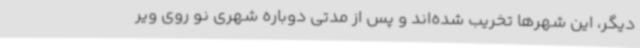
دیگر، این شهرها تخریب شده‌اند و پس از مدتی دوباره شهری نو روی ویر